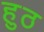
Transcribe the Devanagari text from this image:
हुठ